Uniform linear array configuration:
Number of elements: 48
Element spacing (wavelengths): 0.25
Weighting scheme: cosine
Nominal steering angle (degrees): -60
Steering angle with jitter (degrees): -58.871
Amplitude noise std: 0.05
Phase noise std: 0.05

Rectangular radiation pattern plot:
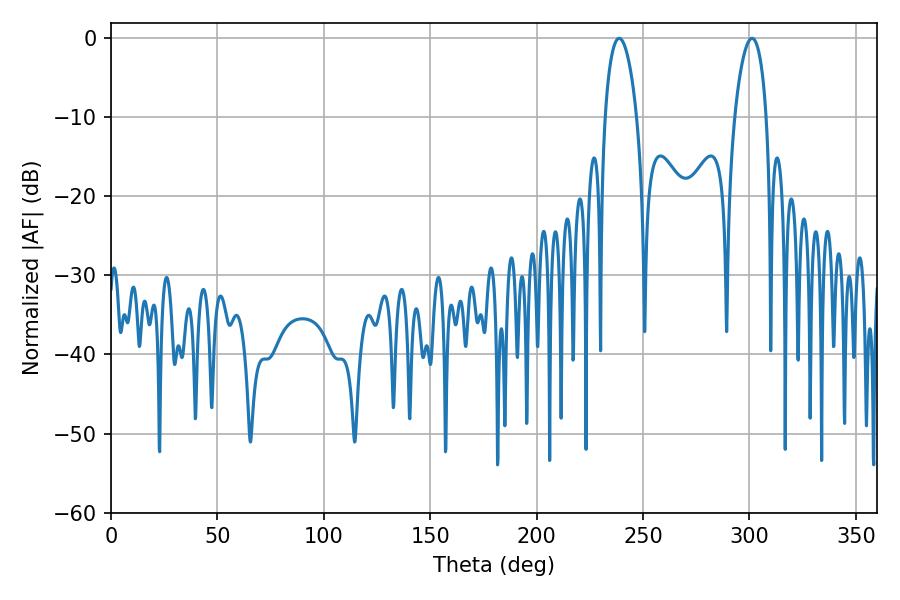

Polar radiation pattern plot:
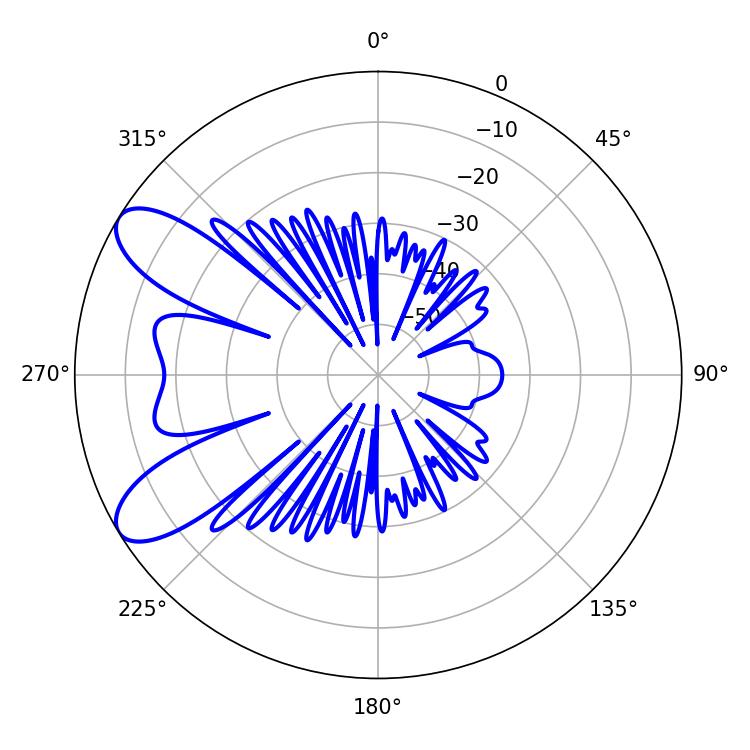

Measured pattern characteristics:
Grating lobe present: FALSE
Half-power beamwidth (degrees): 8.46
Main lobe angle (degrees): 238.86